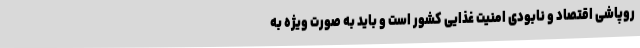
روپاشی اقتصاد و نابودی امنیت غذایی کشور است و باید به صورت ویژه به